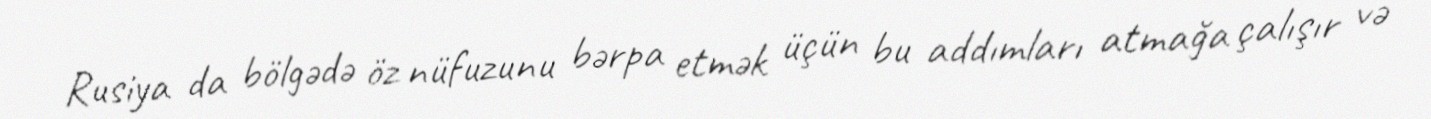
Rusiya da bölgədə öz nüfuzunu bərpa etmək üçün bu addımları atmağa çalışır və